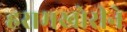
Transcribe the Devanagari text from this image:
हरामखोरीने